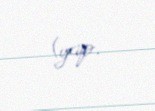
(yap.